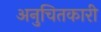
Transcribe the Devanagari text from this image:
अनुचितकारी